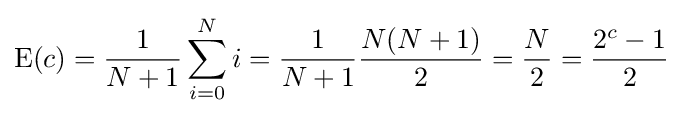
\operatorname {E} (c)={\frac {1}{N+1}}\sum _{i=0}^{N}i={\frac {1}{N+1}}{\frac {N(N+1)}{2}}={\frac {N}{2}}={\frac {2^{c}-1}{2}}